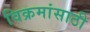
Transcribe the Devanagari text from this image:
विक्रमांसाठी